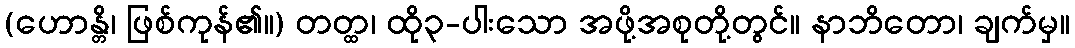
(ဟောန္တိ၊ ဖြစ်ကုန်၏။) တတ္ထ၊ ထို၃-ပါးသော အဖို့အစုတို့တွင်။ နာဘိတော၊ ချက်မှ။